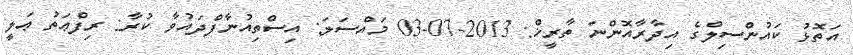
އަތޮޅު ކައުންސިލްގެ އިދާރާއޮންނަ ތާރީޚް: 2013-07-03 މައްސަލަ: އިސްތިއުނާފްދައުވާ ކުރާ: ރިފްޢަތު ޢަލީ